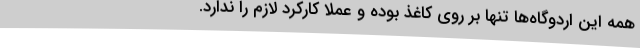
همه این اردوگاه‌ها تنها بر روی کاغذ بوده و عملا کارکرد لازم را ندارد.